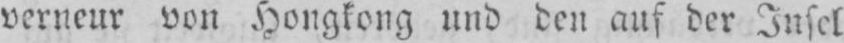
verneur von Hongkong und den auf der Insel